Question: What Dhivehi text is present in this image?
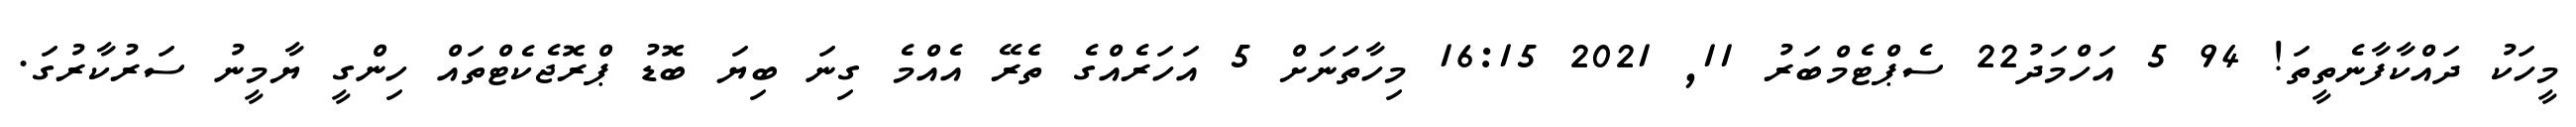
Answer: މީހަކު ދައްކާފާނެތީތަ! 94 5 އަހްމަދު22 ސެޕްޓެމްބަރު 11, 2021 16:15 މިހާތަނަށް 5 އަހަރެއްގެ ތެރޭ އެއްމެ ގިނަ ބިޔަ ބޮޑު ޕްރޮޖެކެޓްތައް ހިންގީ ޔާމީނު ސަރުކާރުގަ.